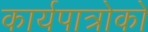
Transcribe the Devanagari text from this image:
कार्यपात्रोको